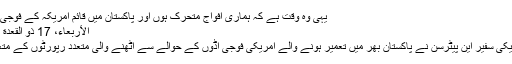
یہی وہ وقت ہے کہ ہماری افواج متحرک ہوں اور پاکستان میں قائم امریکہ کے فوجی اڈوں کوملیا میٹ کر دیں
الأربعاء، 17 ذو القعدة 1441| 2020/07/08
27اگست2009ءکو امریکی سفیر این پیٹرسن نے پاکستان بھر میں تعمیر ہونے والے امریکی فوجی اڈوں کے حوالے سے اٹھنے والی متعدد رپورٹوں کے متعلق میڈیا سے خطاب کیا۔